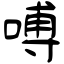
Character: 㗘